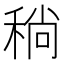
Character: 𬓮